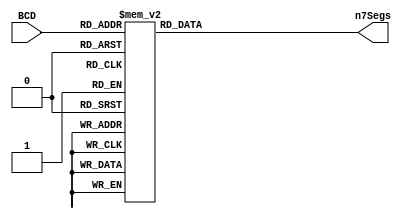
module decod7segs(BCD, n7Segs);
	
	input [3:0] BCD;
	output reg [6:0] n7Segs;
	
	always @* begin
		case(BCD)
			4'b0000: n7Segs = 7'b1000000;
			4'b0001: n7Segs = 7'b1111001;
			4'b0010: n7Segs = 7'b0100100;
			4'b0011: n7Segs = 7'b0110000;
			4'b0100: n7Segs = 7'b0011001;
			4'b0101: n7Segs = 7'b0010010;
			4'b0110: n7Segs = 7'b0000010;
			4'b0111: n7Segs = 7'b1111000;
			4'b1000: n7Segs = 7'b0000000;
			4'b1001: n7Segs = 7'b0010000;
			default: n7Segs = 7'b1111111;
		endcase	
	end
	
	
endmodule